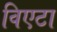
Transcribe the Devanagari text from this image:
विएटा